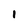
Character: 1